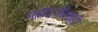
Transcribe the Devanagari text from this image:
महादजीलाही